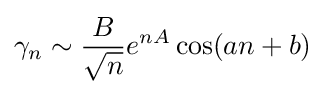
\gamma _{n}\sim {\frac {B}{\sqrt {n}}}e^{nA}\cos(an+b)